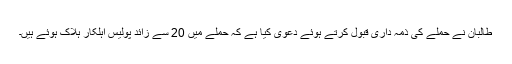
طالبان نے حملے کی ذمہ داری قبول کرتے ہوئے دعویٰ کیا ہے کہ حملے میں 20 سے زائد پولیس اہلکار ہلاک ہوئے ہیں۔